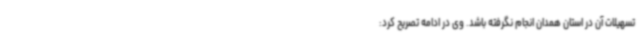
تسهیلات آن در استان همدان انجام نگرفته باشد. وی در ادامه تصریح کرد: